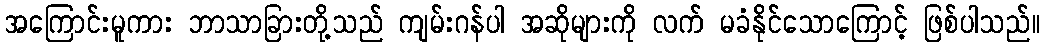
အကြောင်းမူကား ဘာသာခြားတို့သည် ကျမ်းဂန်ပါ အဆိုများကို လက် မခံနိုင်သောကြောင့် ဖြစ်ပါသည်။